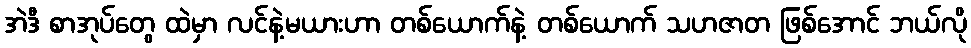
အဲဒီ စာအုပ်တွေ ထဲမှာ လင်နဲ့မယားဟာ တစ်ယောက်နဲ့ တစ်ယောက် သဟဇာတ ဖြစ်အောင် ဘယ်လို